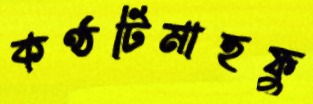
কণ্ঠটিমাহফু